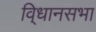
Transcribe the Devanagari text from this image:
वि्धानसभा